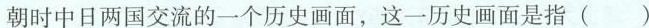
朝时中日两国交流的一个历史画面，这一历史画面是指( )